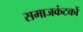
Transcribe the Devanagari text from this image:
समाजकंटकों